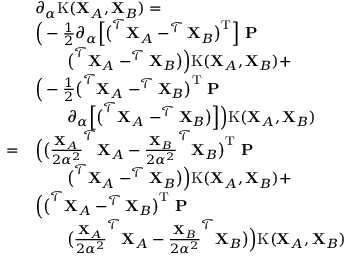
\begin{array} { r l } & { \partial _ { \alpha } \mathrm { K } ( \mathbf { X } _ { A } , \mathbf { X } _ { B } ) = } \\ & { \Big ( - \frac { 1 } { 2 } \partial _ { \alpha } \Big [ \big ( ^ { \mathcal { T } } \mathbf { X } _ { A } - ^ { \mathcal { T } } \mathbf { X } _ { B } \big ) ^ { \mathrm { T } } \Big ] \ \mathbf { P } } \\ & { \qquad \big ( ^ { \mathcal { T } } \mathbf { X } _ { A } - ^ { \mathcal { T } } \mathbf { X } _ { B } \big ) \Big ) \mathrm { K } ( \mathbf { X } _ { A } , \mathbf { X } _ { B } ) + } \\ & { \Big ( - \frac { 1 } { 2 } \big ( ^ { \mathcal { T } } \mathbf { X } _ { A } - ^ { \mathcal { T } } \mathbf { X } _ { B } \big ) ^ { \mathrm { T } } \ \mathbf { P } } \\ & { \qquad \partial _ { \alpha } \Big [ \big ( ^ { \mathcal { T } } \mathbf { X } _ { A } - ^ { \mathcal { T } } \mathbf { X } _ { B } \big ) \Big ] \Big ) \mathrm { K } ( \mathbf { X } _ { A } , \mathbf { X } _ { B } ) } \\ { = } & { \Big ( \big ( \frac { \mathbf { X } _ { A } } { 2 \alpha ^ { 2 } } ^ { \mathcal { T } } \mathbf { X } _ { A } - \frac { \mathbf { X } _ { B } } { 2 \alpha ^ { 2 } } ^ { \mathcal { T } } \mathbf { X } _ { B } \big ) ^ { \mathrm { T } } \ \mathbf { P } } \\ & { \qquad \big ( ^ { \mathcal { T } } \mathbf { X } _ { A } - ^ { \mathcal { T } } \mathbf { X } _ { B } \big ) \Big ) \mathrm { K } ( \mathbf { X } _ { A } , \mathbf { X } _ { B } ) + } \\ & { \Big ( \big ( ^ { \mathcal { T } } \mathbf { X } _ { A } - ^ { \mathcal { T } } \mathbf { X } _ { B } \big ) ^ { \mathrm { T } } \ \mathbf { P } } \\ & { \qquad \big ( \frac { \mathbf { X } _ { A } } { 2 \alpha ^ { 2 } } ^ { \mathcal { T } } \mathbf { X } _ { A } - \frac { \mathbf { X } _ { B } } { 2 \alpha ^ { 2 } } ^ { \mathcal { T } } \mathbf { X } _ { B } \big ) \Big ) \mathrm { K } ( \mathbf { X } _ { A } , \mathbf { X } _ { B } ) } \end{array}